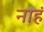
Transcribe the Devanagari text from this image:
नाहं